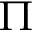
\Pi